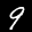
Label: 9